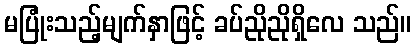
မပြုံးသည့်မျက်နှာဖြင့် ခပ်ညိုညိုရှိလေ သည်။